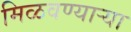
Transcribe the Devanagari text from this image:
मिळवण्याऱ्या